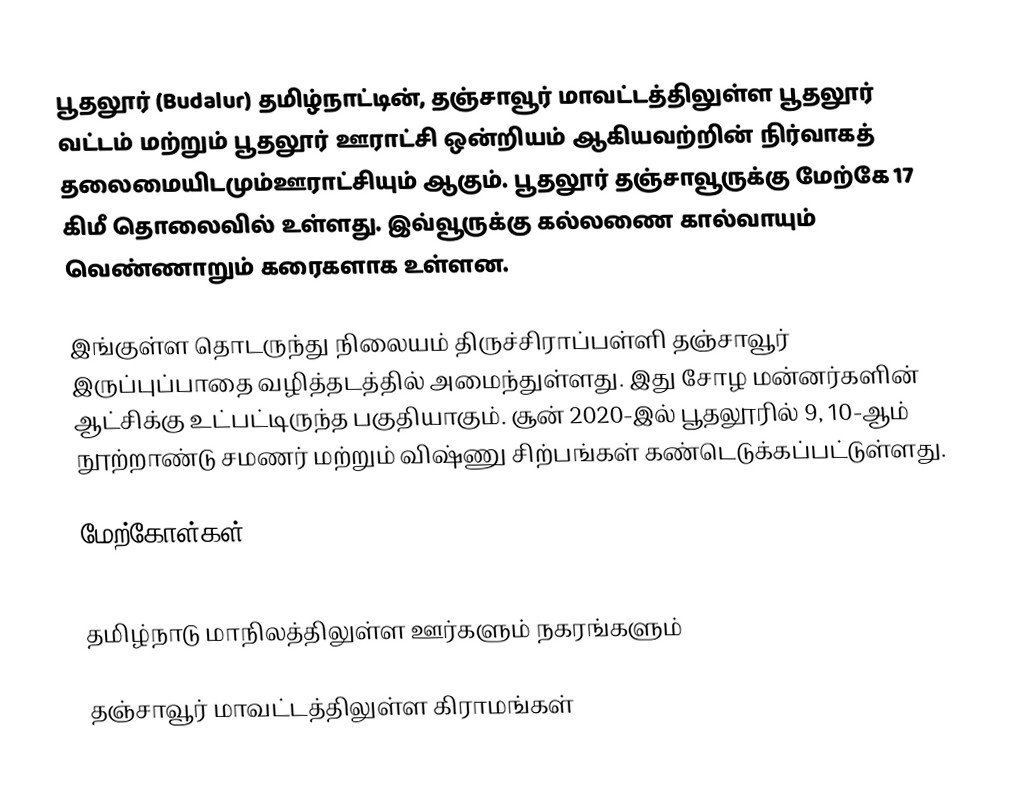
பூதலூர் (Budalur) தமிழ்நாட்டின், தஞ்சாவூர் மாவட்டத்திலுள்ள பூதலூர் வட்டம் மற்றும் பூதலூர் ஊராட்சி ஒன்றியம் ஆகியவற்றின் நிர்வாகத் தலைமையிடமும்ஊராட்சியும் ஆகும்.  பூதலூர் தஞ்சாவூருக்கு மேற்கே 17 கிமீ தொலைவில் உள்ளது.  இவ்வூருக்கு கல்லணை கால்வாயும் வெண்ணாறும் கரைகளாக உள்ளன.

இங்குள்ள தொடருந்து நிலையம் திருச்சிராப்பள்ளி தஞ்சாவூர் இருப்புப்பாதை வழித்தடத்தில் அமைந்துள்ளது. இது சோழ மன்னர்களின் ஆட்சிக்கு உட்பட்டிருந்த பகுதியாகும். சூன் 2020-இல் பூதலூரில் 9, 10-ஆம் நூற்றாண்டு சமணர் மற்றும்  விஷ்ணு சிற்பங்கள் கண்டெடுக்கப்பட்டுள்ளது.

மேற்கோள்கள்

தமிழ்நாடு மாநிலத்திலுள்ள ஊர்களும் நகரங்களும்

தஞ்சாவூர் மாவட்டத்திலுள்ள கிராமங்கள்